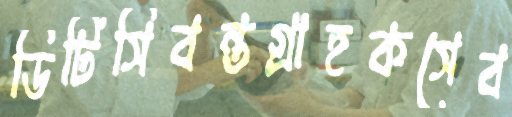
ডিটিসিবন্তগ্রাহকসেব